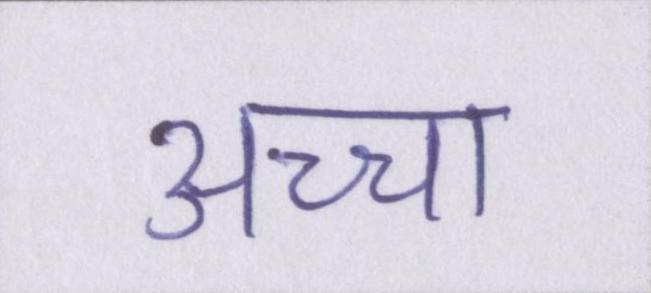
अच्चा